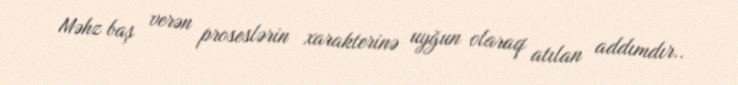
Məhz baş verən proseslərin xarakterinə uyğun olaraq atılan addımdır..